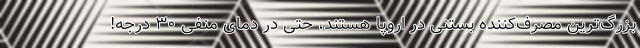
بزرگ‌ترین مصرف‌کننده بستنی در اروپا هستند، حتی در دمای منفی ۳۰ درجه!